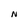
Character: N